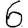
Digit: 6